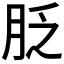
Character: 𦚖